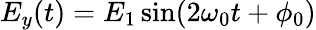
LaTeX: E_{y}(t)=E_{1}\sin(2\omega_{0}t+\phi_{0})